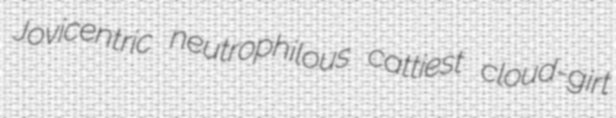
Jovicentric neutrophilous cattiest cloud-girt